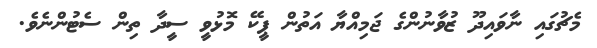
މެޗުގައި ނާވައިދޫ ޒުވާނުންގެ ޖަމިއްޔާ އަތުން ޕީކޭ މޮޅުވީ ސީދާ ތިން ސެޓުންނެވެ.